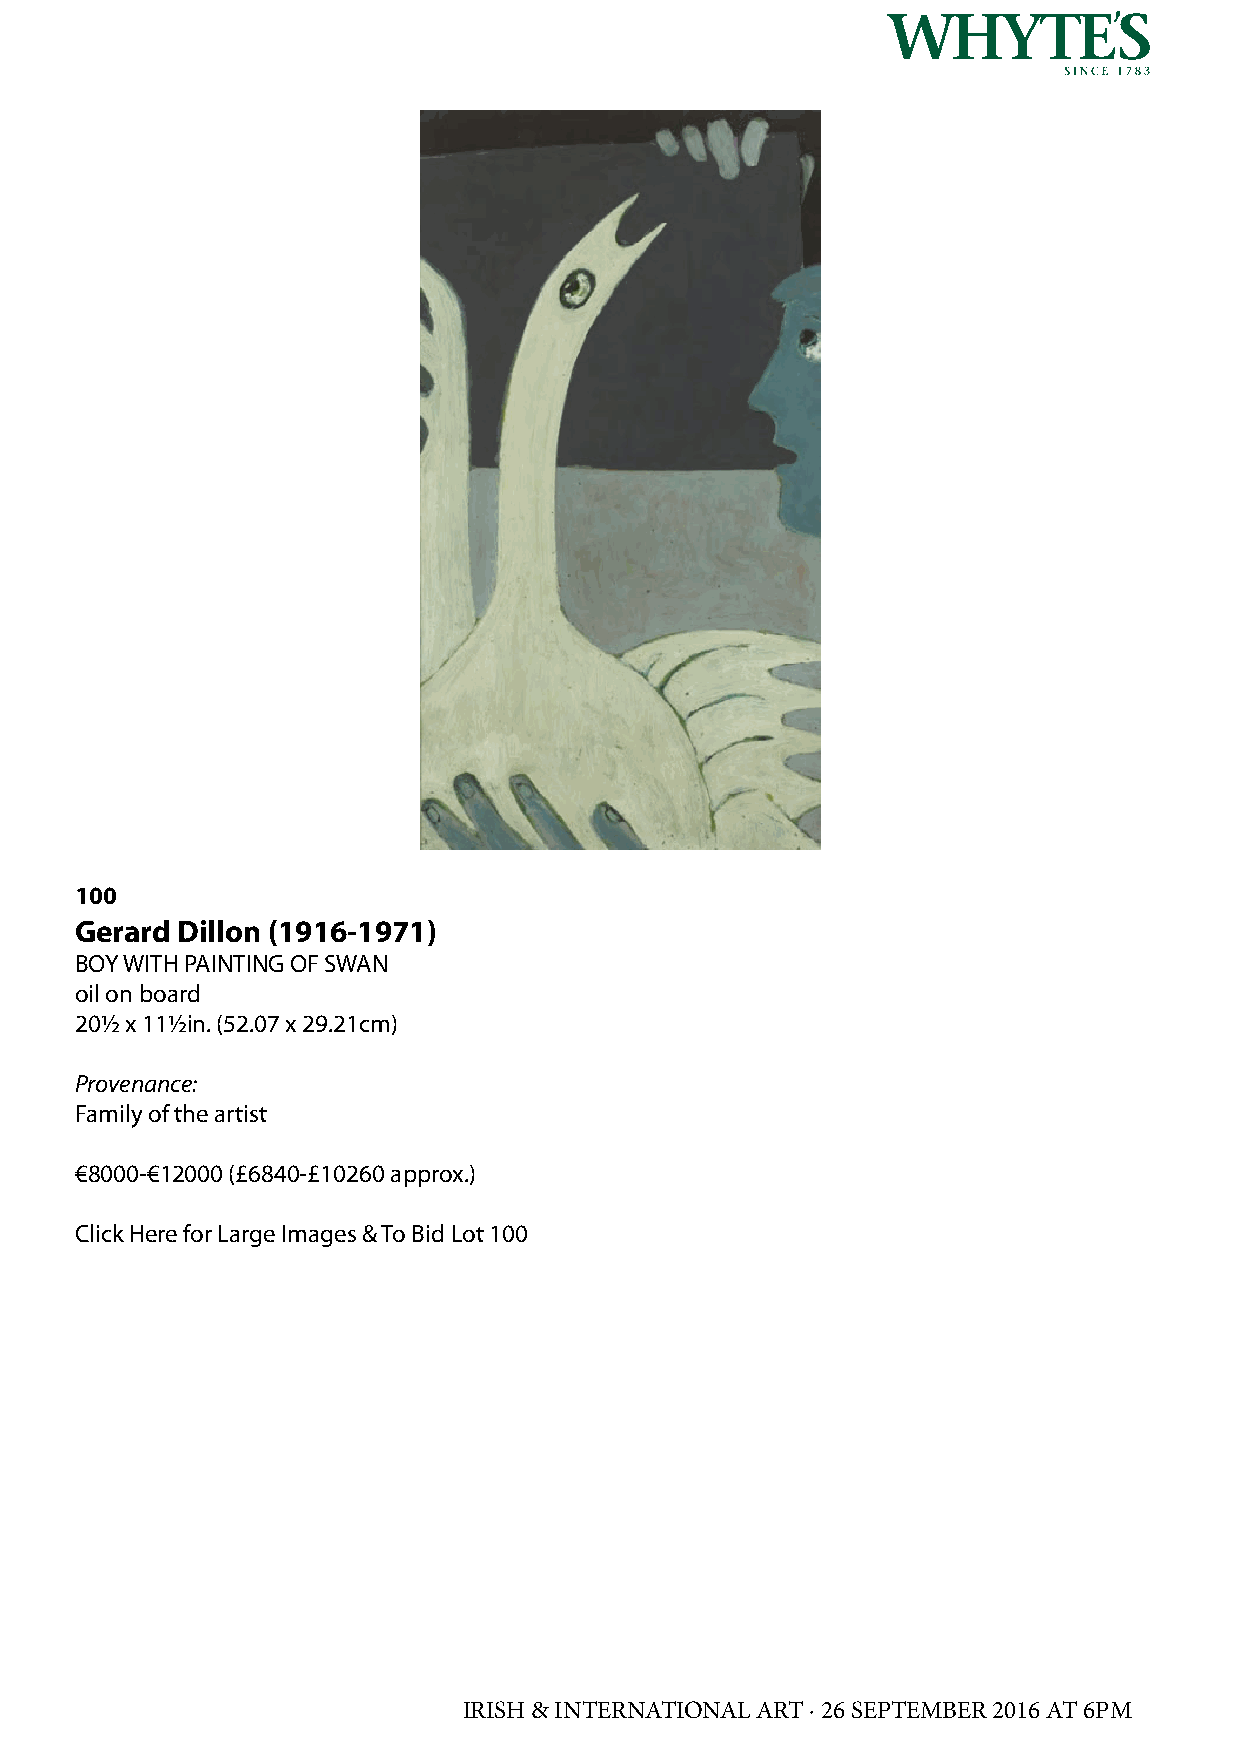
100
 Gerard Dillon (1916-1971)
 BOY WITH PAINTING OF SWAN
 oil on board
 20½ x 11½in. (52.07 x 29.21cm)
 Provenance:
 Family of the artist
 €8000-€12000 (£6840-£10260 approx.)
 Click Here for Large Images & To Bid Lot 100
 IRISH & INTERNATIONAL ART · 26 SEPTEMBER 2016 AT 6PM